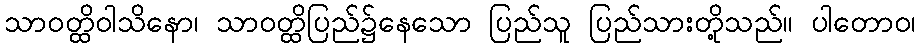
သာဝတ္ထိဝါသိနော၊ သာဝတ္ထိပြည်၌နေသော ပြည်သူ ပြည်သားတို့သည်။ ပါတောဝ၊